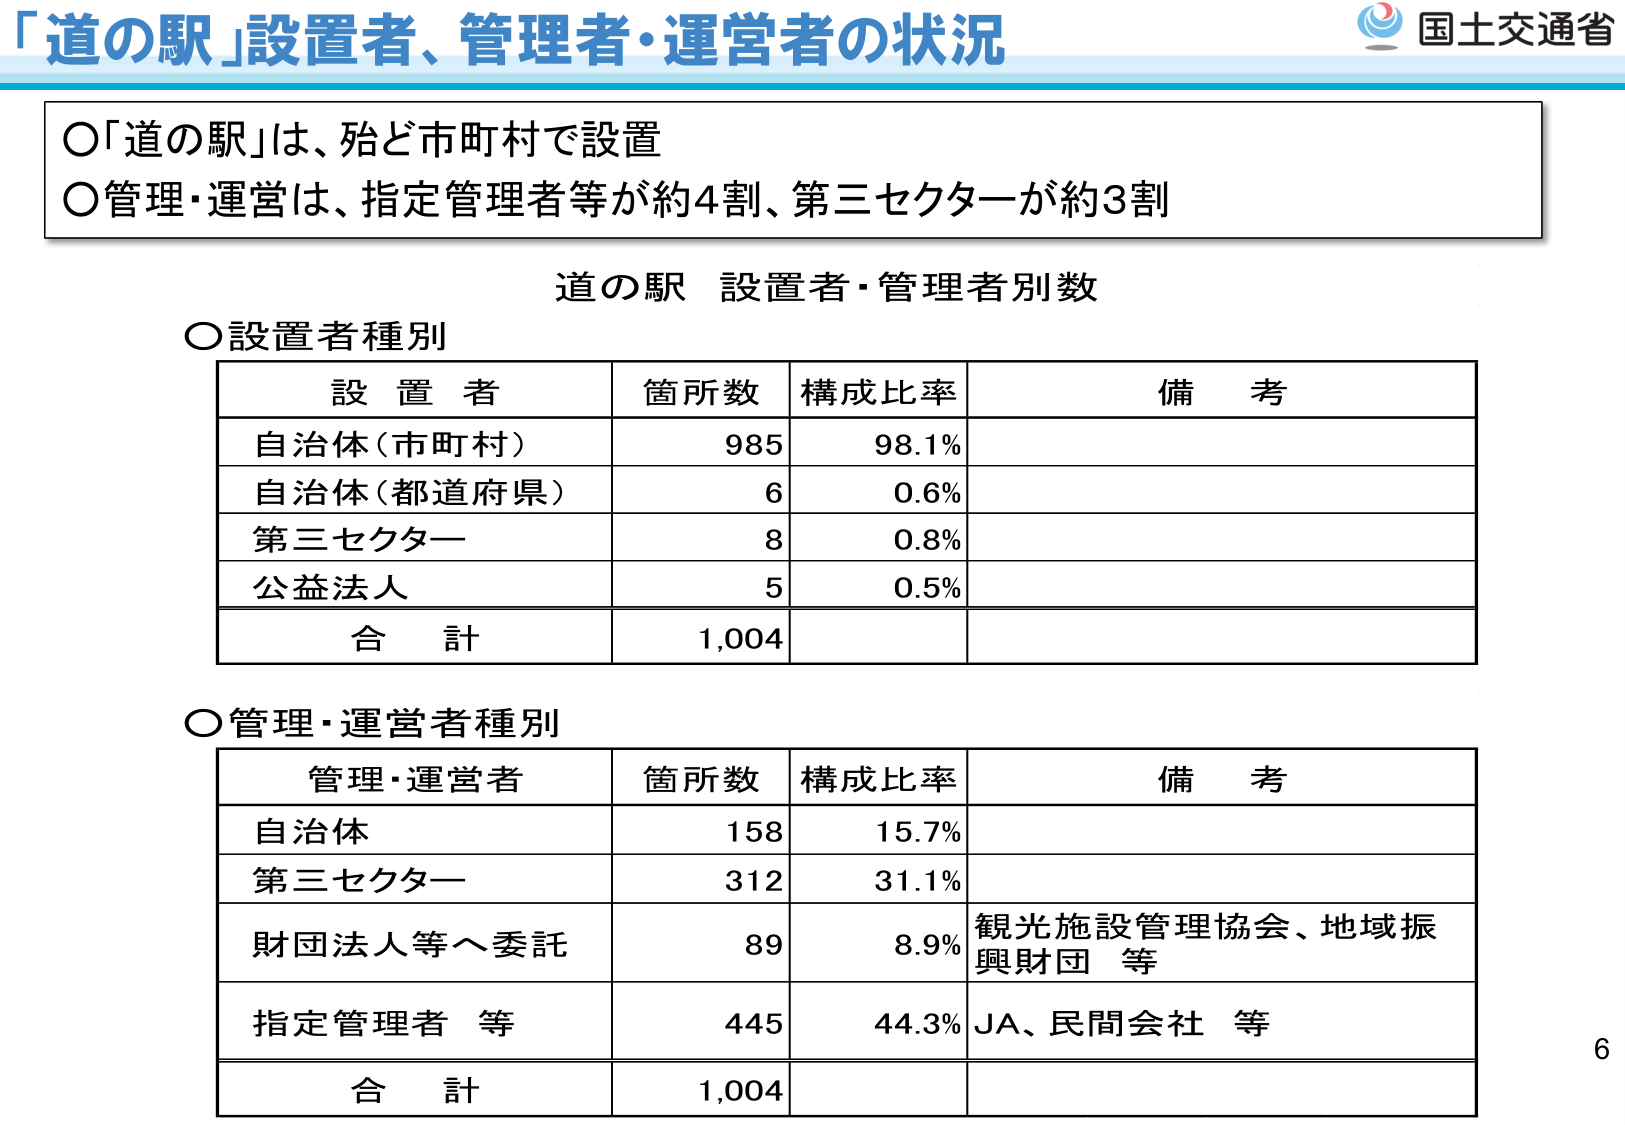
「道の駅」設置者、管理者・運営者の状況

○「道の駅」は、殆ど市町村で設置
○管理・運営は、指定管理者等が約4割、第三セクターが約3割

道の駅 設置者・管理者別数

○設置者種別
設置者　　箇所数　　構成比率　　備考
自治体（市町村）　　985　　98.1%
自治体（都道府県）　　6　　0.6%
第三セクター　　8　　0.8%
公益法人　　5　　0.5%
合計　　1,004

○管理・運営者種別
管理・運営者　　箇所数　　構成比率　　備考
自治体　　158　　15.7%
第三セクター　　312　　31.1%
財団法人等へ委託　　89　　8.9%　　観光施設管理協会、地域振興財団 等
指定管理者 等　　445　　44.3%　　JA、民間会社 等
合計　　1,004

国土交通省
6